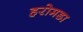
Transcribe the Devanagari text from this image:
हरोमडा